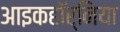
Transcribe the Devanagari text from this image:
आइकहॉर्निया